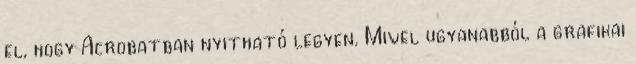
el, hogy Acrobatban nyitható legyen. Mivel ugyanabból a grafikai